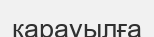
қарауылға